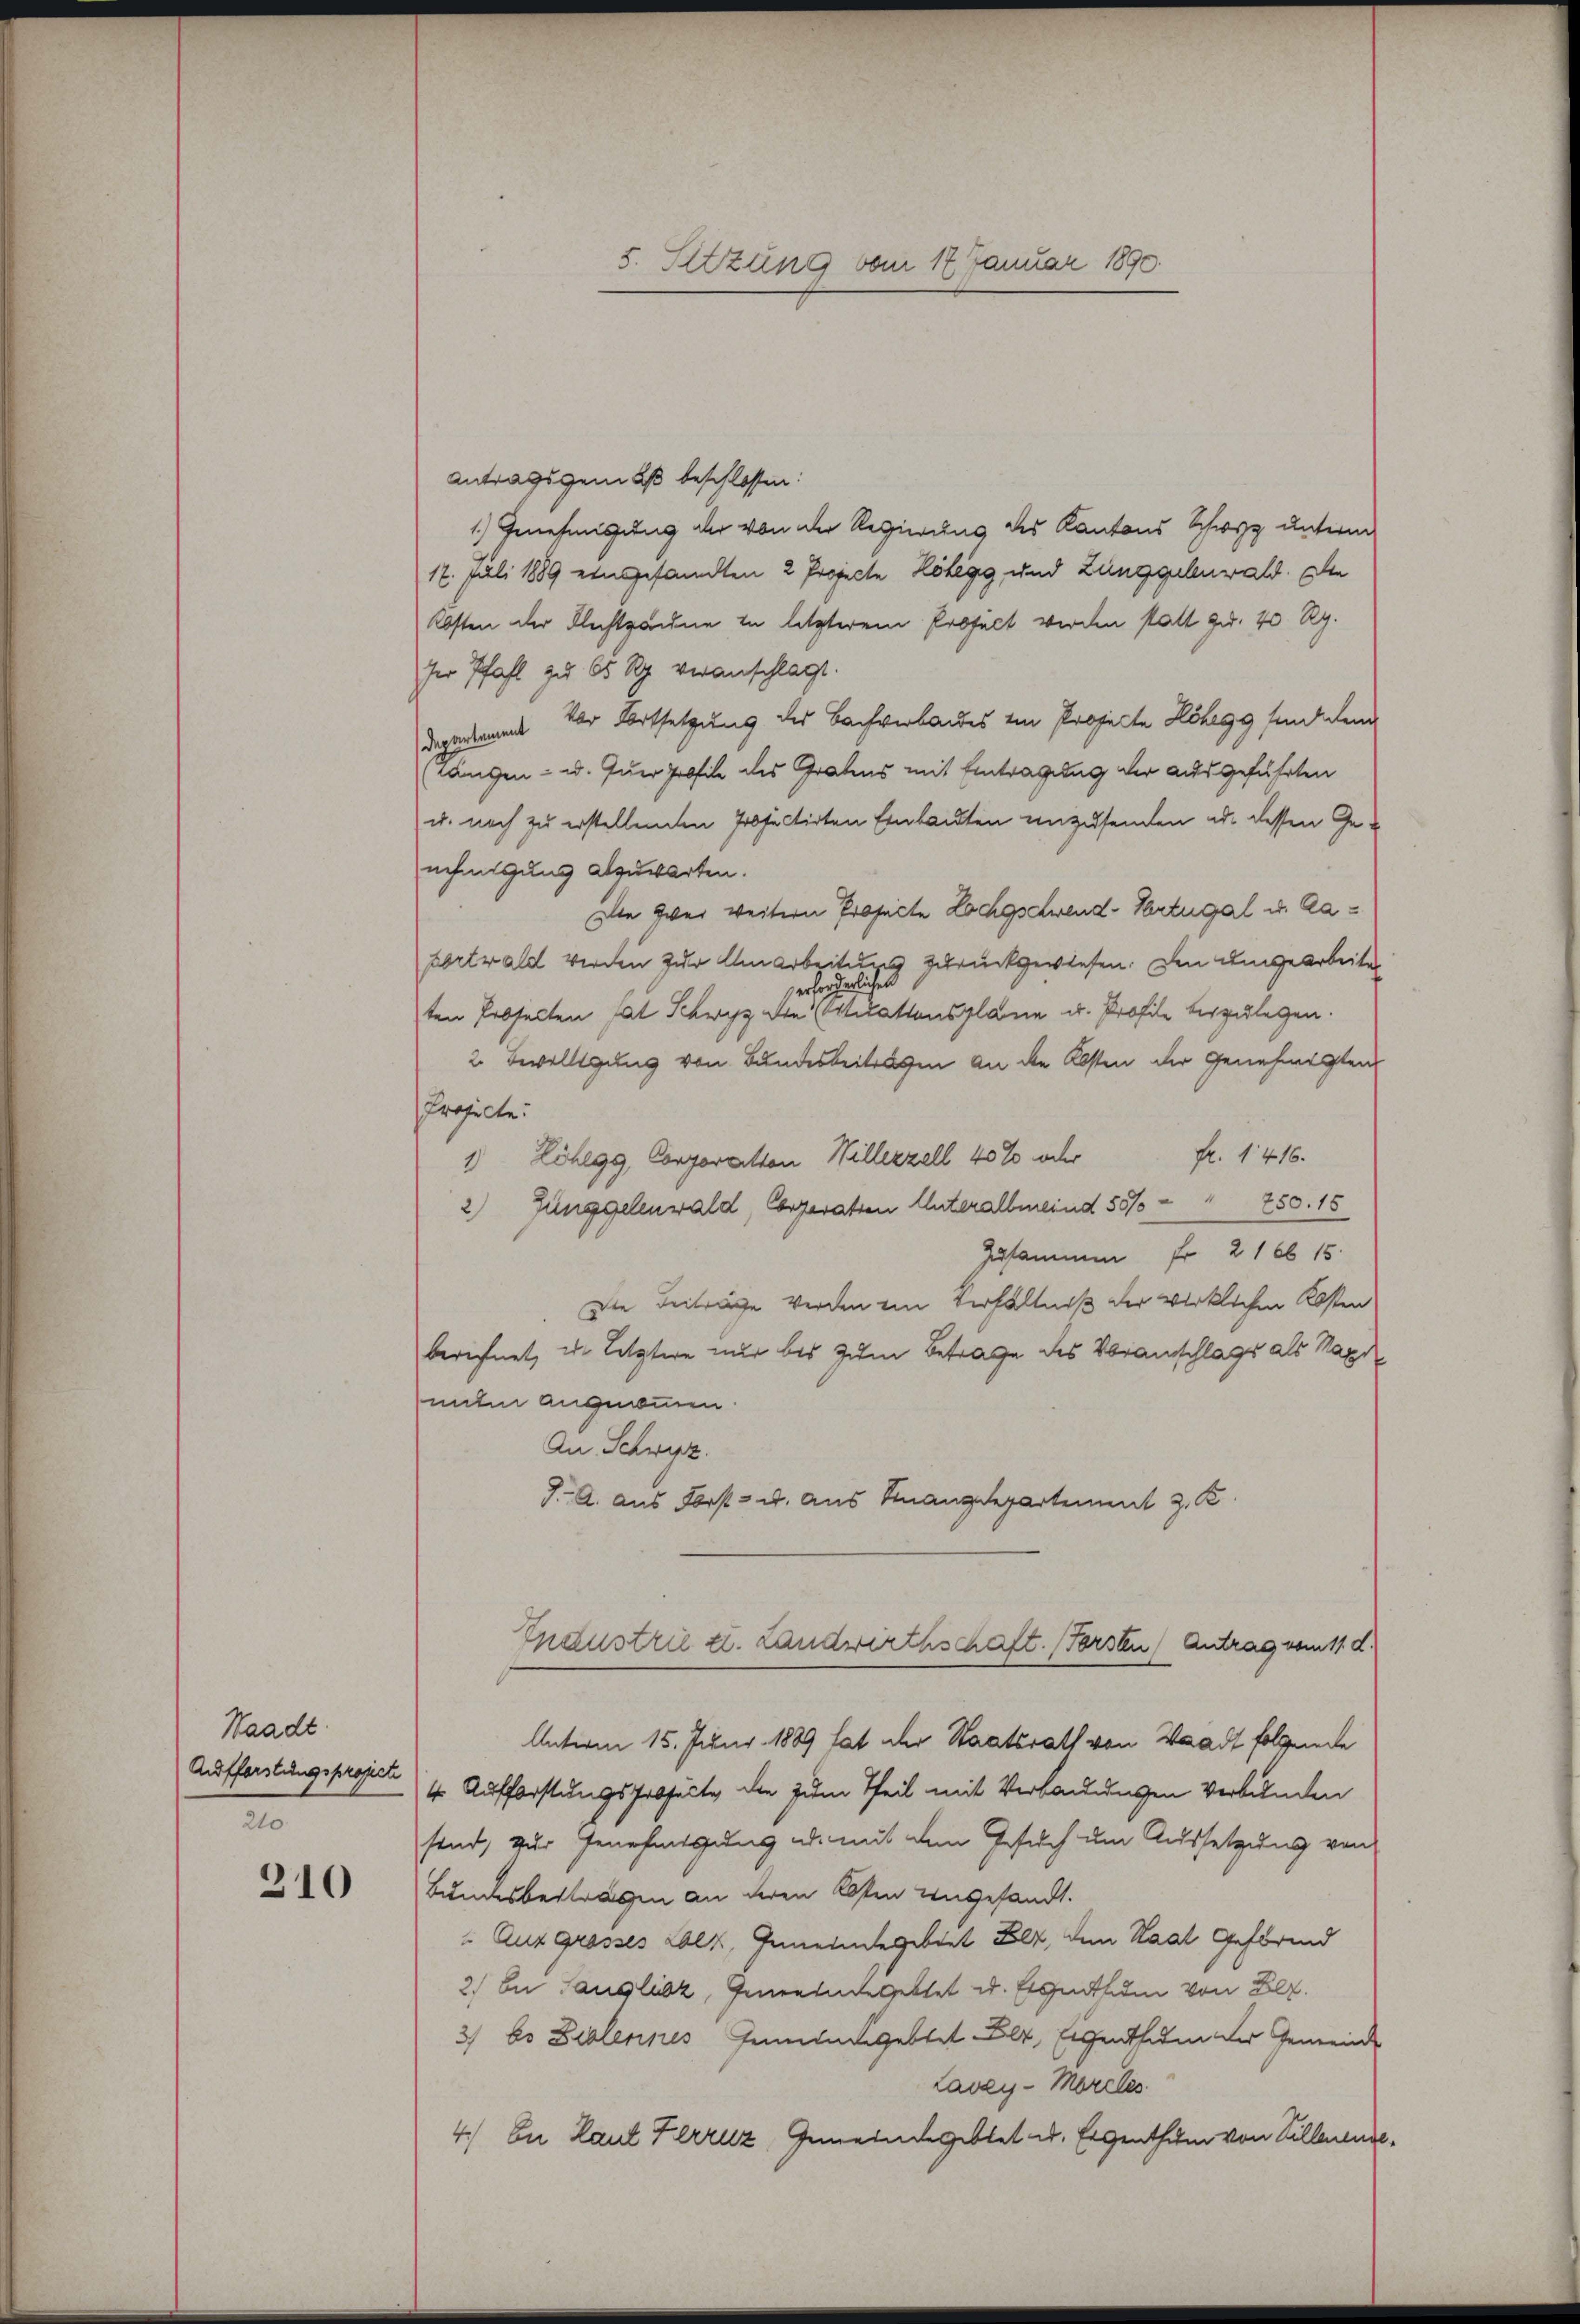
Waadt.
Aufforstungsprojecte
210

310

5. Sitzung vom 17. Januar 1890.

Antragsgemäß beschlossen:
1.) Genehmigung der von der Regierung des Kantons Schwyz unterm
17. Juli 1889 eingesandten 2 Projecte Höhegg, und Zunggebenwald. De
Kosten der Flechtsaune in letzterem Profest werden statt zu. 40 Rp.
er Pfahl zu 65 Rp. veranschlagt.
Dependament der Fortsetzung des Bachverbandes von Projecte Höhegg sind dem
längen - u. Euer profile des Gratens mit Eintragung der ausgeführten
u. noch zu erstellenden Projectirten Einlauten einzusenden u. dessen Genehmigung abzuwarten.
Die zwei weitern Projecte Lochgschwend-Hertugal u. Cafortwald werden zur Umarbeitung zurückgewiesen. Den umgearbeiten
glichen
verford
ten Erbselten hat Schwyz die Citationsplane u. Profile beszulegen.
2. Bewilligung von Bundesbeitragen an die Kosten der Genehmigten
Prozelte.
fr. 1416.
1 Löhegg, Corporation Willerzell 40% ihr
2) Jünggelenwald, Conzeraten Unterallmeind 55% " " 250. 18
Zusammen fr 2166 15.
Die Beiträge werden ein Verhältniß der wirklichen Kosten
berechnet, d. Letztere nur bis zum Betrage des Voranschlags als Maxi
unten angenommen.
An Schwyz.
J. A. aus Fors u. aus Finanzdepartement J. K.
Chaustrie z. Landwirthschaft. (Forsten Antrag vom 11. d.
Unterm 15. Juni 1889 hat der Staatsrath von Waadt folgende
4 Aufforstungsprosecte die zum Theil mit Verbauungen verbunden
send, zur Genehmigung u. mit dem Gesuch um Aussetzung von
Bundesbertragen an deren Absten angesandt.
" Aus Grosses Lolk, Gemeindegebet Elz, den Staat Gehörend
2.) Bei Tauglicz, Gemeindegeltet u. Eigenthum von Bez
3) bo Zielennes Gemeindegeltet lt. Eigenthum der Gemeinde
Lavzy-Morelés
4) In Laut Ferruz, Gemeindegeltet u. Eigenthum von Villende